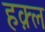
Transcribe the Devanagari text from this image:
हक़्ल